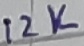
Text: 12K